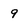
Character: 9